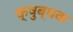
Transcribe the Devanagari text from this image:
क्षुब्धक